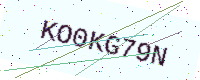
Text: KO0KG79N